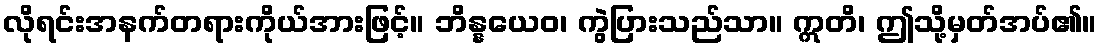
လိုရင်းအနက်တရားကိုယ်အားဖြင့်။ ဘိန္နယေဝ၊ ကွဲပြားသည်သာ။ ဣတိ၊ ဤသို့မှတ်အပ်၏။